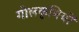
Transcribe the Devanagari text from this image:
गोलकृमियों